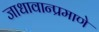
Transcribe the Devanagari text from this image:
जाधावान्प्रमाणे